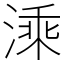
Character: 溗